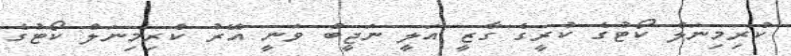
ކްރިމިނަލް ކޯޓުގެ ކުރީގެ ގާޒީ އަލީ ނަޖީބް ވަނީ އޭރު ކްރިމިނަލް ކޯޓުގެ